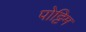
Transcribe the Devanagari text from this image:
पोट्टिम